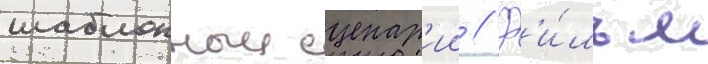
шаблонныи сценар'ии // Ф'и́льм